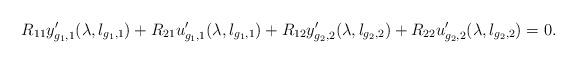
LaTeX: \begin{align*}R_{11}y^{\prime}_{g_1,1}(\lambda,l_{g_1,1})+R_{21}u_{g_1,1}^{\prime}(\lambda, l_{g_1,1})+R_{12}y^{\prime}_{g_2,2}(\lambda,l_{g_2,2})+R_{22}u^{\prime}_{g_2,2}(\lambda, l_{g_2,2})=0.\end{align*}